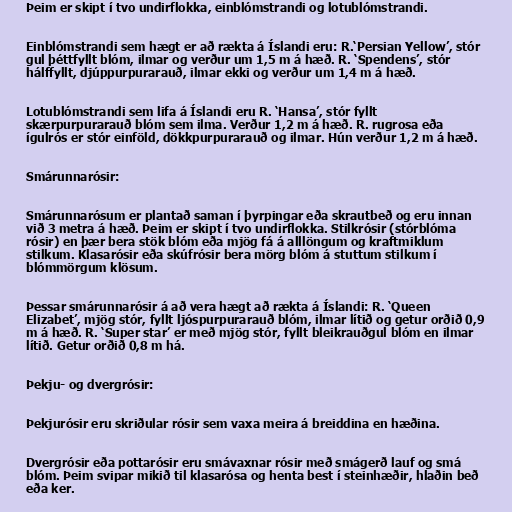
Þeim er skipt í tvo undirflokka, einblómstrandi og lotublómstrandi.

Einblómstrandi sem hægt er að rækta á Íslandi eru: R.‘Persian Yellow’, stór
gul þéttfyllt blóm, ilmar og verður um 1,5 m á hæð. R. ‘Spendens’, stór
hálffyllt, djúppurpurarauð, ilmar ekki og verður um 1,4 m á hæð.

Lotublómstrandi sem lifa á Íslandi eru R. ‘Hansa’, stór fyllt
skærpurpurarauð blóm sem ilma. Verður 1,2 m á hæð. R. rugrosa eða
ígulrós er stór einföld, dökkpurpurarauð og ilmar. Hún verður 1,2 m á hæð.

Smárunnarósir:

Smárunnarósum er plantað saman í þyrpingar eða skrautbeð og eru innan
við 3 metra á hæð. Þeim er skipt í tvo undirflokka. Stilkrósir (stórblóma
rósir) en þær bera stök blóm eða mjög fá á alllöngum og kraftmiklum
stilkum. Klasarósir eða skúfrósir bera mörg blóm á stuttum stilkum í
blómmörgum klösum.

Þessar smárunnarósir á að vera hægt að rækta á Íslandi: R. ‘Queen
Elizabet’, mjög stór, fyllt ljóspurpurarauð blóm, ilmar lítið og getur orðið 0,9
m á hæð. R. ‘Super star’ er með mjög stór, fyllt bleikrauðgul blóm en ilmar
lítið. Getur orðið 0,8 m há.

Þekju- og dvergrósir:

Þekjurósir eru skriðular rósir sem vaxa meira á breiddina en hæðina.

Dvergrósir eða pottarósir eru smávaxnar rósir með smágerð lauf og smá
blóm. Þeim svipar mikið til klasarósa og henta best í steinhæðir, hlaðin beð
eða ker.